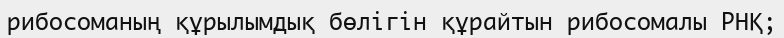
рибосоманың құрылымдық бөлігін құрайтын рибосомалы РНҚ;